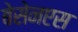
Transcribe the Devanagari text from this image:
बेसेनएस